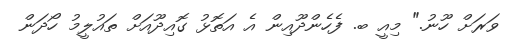
ވަރަށް ހޫނު." މިއީ ބ. ފެހެންދޫއިން އެ އަތޮޅު ގޮއިދޫއަށް ތައުލީމު ހޯދަން